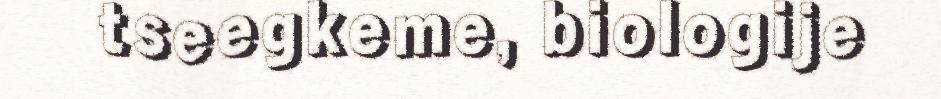
tseegkeme, biologije